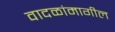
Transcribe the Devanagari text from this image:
वादळांमागील